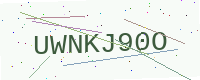
Text: UWNKJ90O